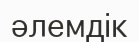
әлемдік